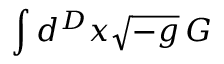
\int d ^ { D } x { \sqrt { - g } } \, G